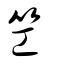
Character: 笁